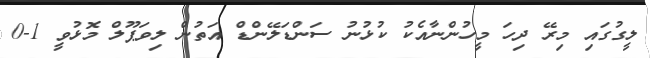
ލީގުގައި މިރޭ ދިހަ މީހުންނާއެކު ކުޅުނު ސަންޑަލޭންޑް އަތުން ލިވަޕޫލް މޮޅުވީ 1-0